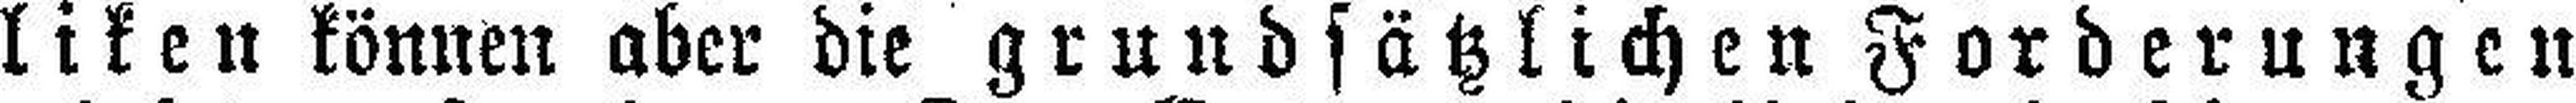
liken können aber die grundsätzlichen Forderungen